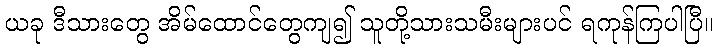
ယခု ဒီသားတွေ အိမ်ထောင်တွေကျ၍ သူတို့သားသမီးများပင် ရကုန်ကြပါပြီ။